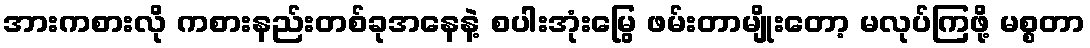
အားကစားလို ကစားနည်းတစ်ခုအနေနဲ့ စပါးအုံးမြွေ ဖမ်းတာမျိုးတော့ မလုပ်ကြဖို့ မစ္စတာ